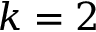
k = 2